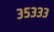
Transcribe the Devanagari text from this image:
३५३३३